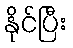
နိုင်ပြီး